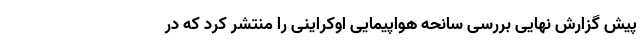
پیش گزارش نهایی بررسی سانحه هواپیمایی اوکراینی را منتشر کرد که در